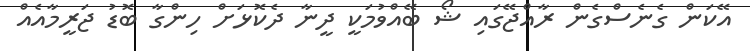
އޭކަން ގެނެސްގެން ރާއްޖޭގައި ޝޯ ބޭއްވުމަކީ ދީނާ ދެކޮޅަށް ހިންގާ ބޮޑު ޖަރީމާއެއް